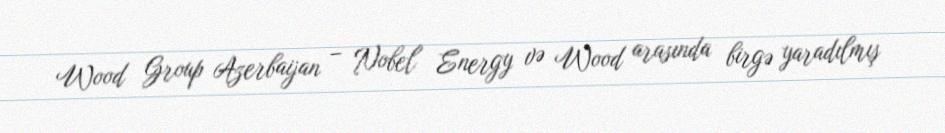
Wood Group Azerbaijan – Nobel Energy və Wood arasında birgə yaradılmış